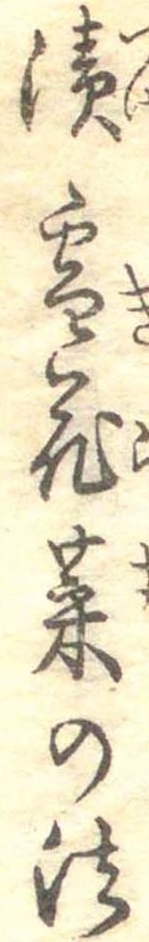
漬雪花菜の法